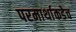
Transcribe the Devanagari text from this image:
परमार्थाकडेच